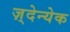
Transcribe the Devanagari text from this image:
ज़्देन्येक